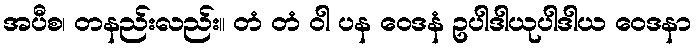
အပီစ၊ တနည်းလည်း။ တံ တံ ဝါ ပန ဝေဒနံ ဥပါဒါယုပါဒါယ ဝေဒနာ